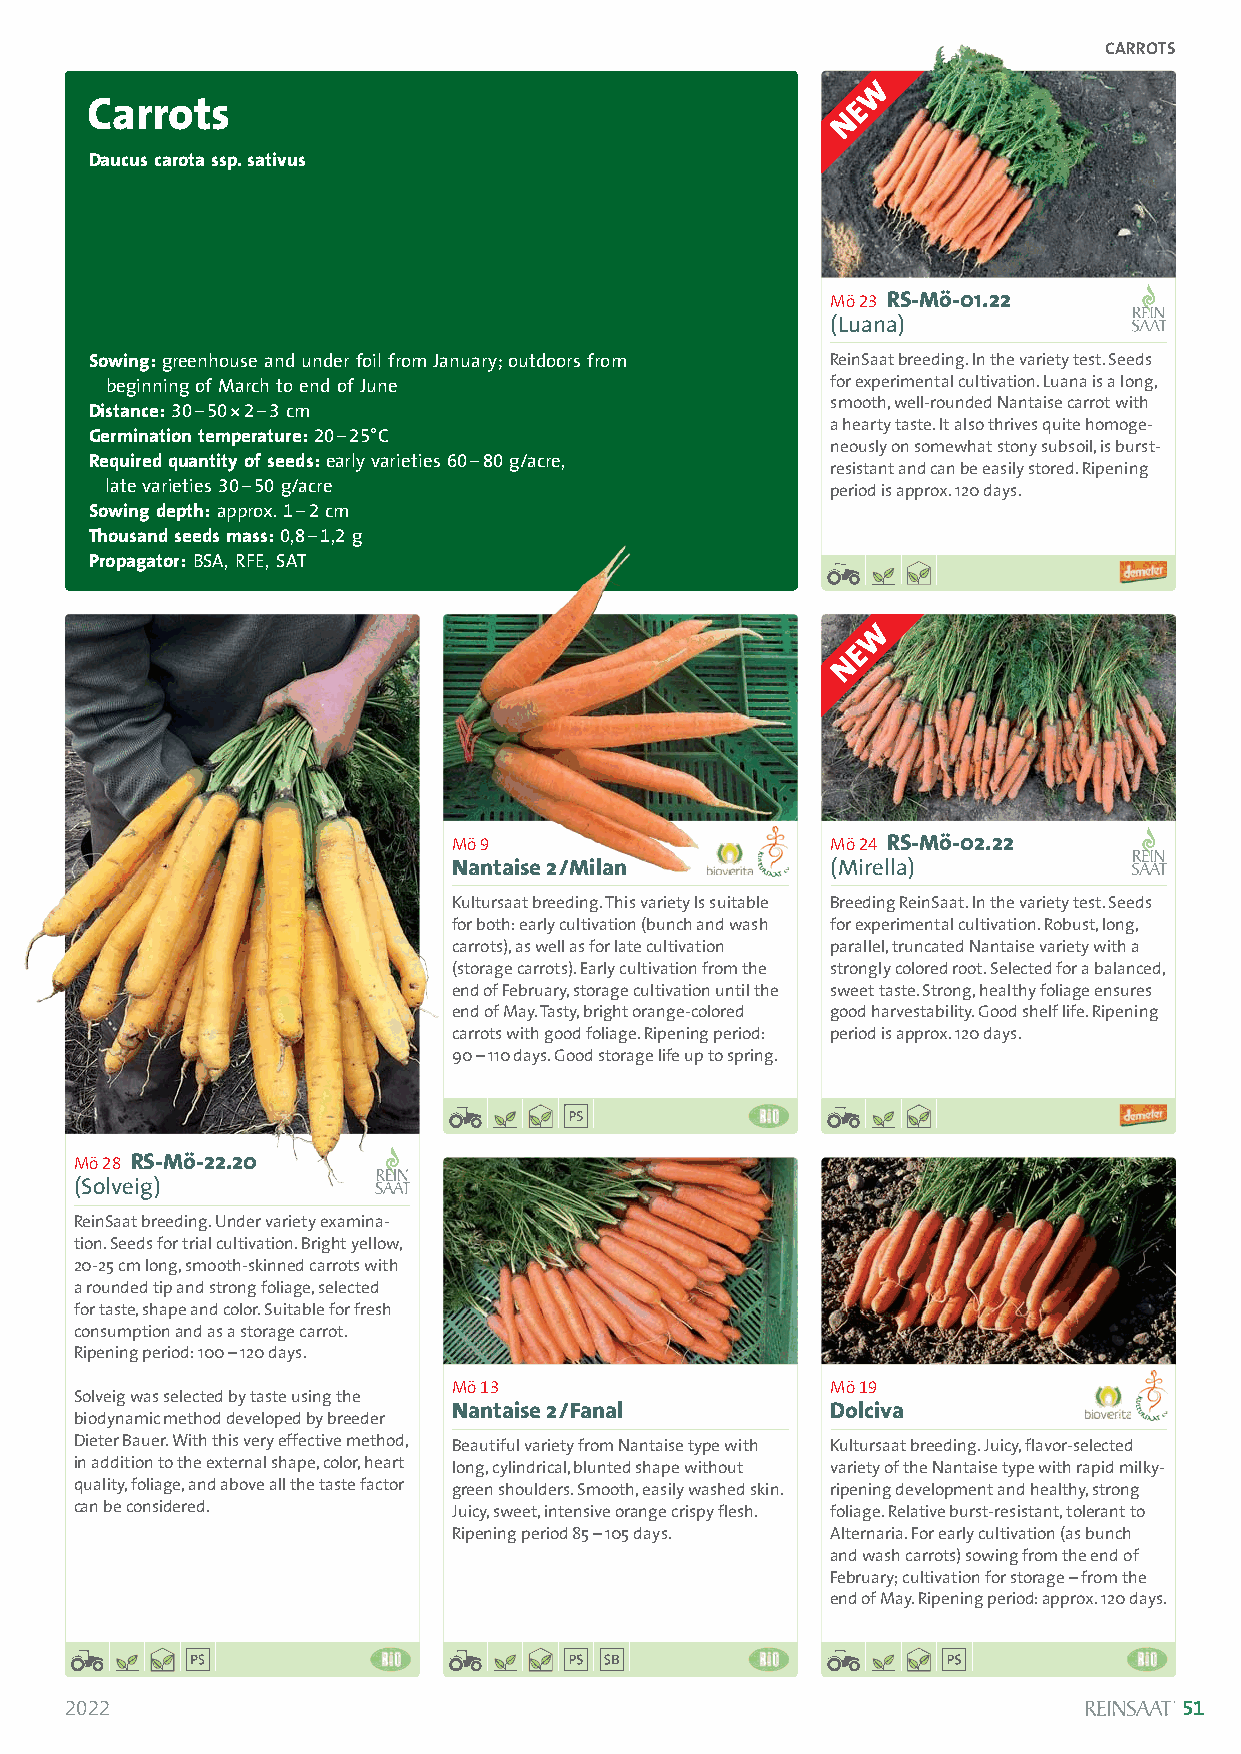
CARROTS
 Carrots
 Daucus carota ssp. sativus
 Mö 23 RS-Mö-01.22
 (Luana)
 Sowing:greenhouse and under foil from January; outdoors from ReinSaat breeding. In the variety test. Seeds
 beginning of March to end of June               for experimental cultivation. Luana is a long,
 Distance:30–50*2–3 cm                            smooth, well-rounded Nantaise carrot with
 Germination temperature: 20–25°C                 a hearty taste. It also thrives quite homoge-
 neously on somewhat stony subsoil, is burst-
 Required quantity of seeds:early varieties 60–80g/acre,
 resistant and can be easily stored. Ripening
 late varieties 30–50g/acre                      period is approx. 120 days.
 Sowing depth:approx. 1–2cm
 Thousand seeds mass:0,8–1,2 g
 Propagator:BSA, RFE, SAT
 Mö 9                     Mö 24 RS-Mö-02.22
 Nantaise 2/Milan         (Mirella)
 Kultursaat breeding. This variety Is suitable Breeding ReinSaat. In the variety test. Seeds
 for both: early cultivation (bunch and wash for experimental cultivation. Robust, long,
 carrots), as well as for late cultivation parallel, truncated Nantaise variety with a
 (storage carrots). Early cultivation from the strongly colored root. Selected for a balanced,
 end of February, storage cultivation until the sweet taste. Strong, healthy foliage ensures
 end of May. Tasty, bright orange-colored good harvestability. Good shelf life. Ripening
 carrots with good foliage. Ripening period: period is approx. 120 days.
 90 –110 days. Good storage life up to spring.
 Mö 28 RS-Mö-22.20
 (Solveig)
 ReinSaat breeding. Under variety examina-
 tion. Seeds for trial cultivation. Bright yellow,
 20-25 cm long, smooth-skinned carrots with
 a rounded tip and strong foliage, selected
 for taste, shape and color. Suitable for fresh
 consumption and as a storage carrot.
 Ripening period: 100 –120 days.
 Mö 13                    Mö 19
 Solveig was selected by taste using the
 Nantaise 2/Fanal         Dolciva
 biodynamic method developed by breeder
 Dieter Bauer. With this very effective method, Beautiful variety from Nantaise type with Kultursaat breeding. Juicy, flavor-selected
 in addition to the external shape, color, heart long, cylindrical, blunted shape without variety of the Nantaise type with rapid milky-
 quality, foliage, and above all the taste factor green shoulders. Smooth, easily washed skin. ripening development and healthy, strong
 can be considered.       Juicy, sweet, intensive orange crispy flesh. foliage. Relative burst-resistant, tolerant to
 Ripening period 85 –105 days. Alternaria. For early cultivation (as bunch
 and wash carrots) sowing from the end of
 February; cultivation for storage –from the
 end of May. Ripening period: approx. 120 days.
 2022                                                                      51